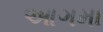
આગમા